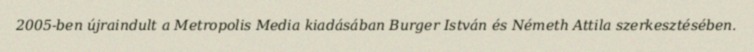
2005-ben újraindult a Metropolis Media kiadásában Burger István és Németh Attila szerkesztésében.